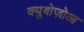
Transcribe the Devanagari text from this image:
क्युबोज़ोआ